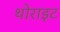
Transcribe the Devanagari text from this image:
थोराइट